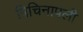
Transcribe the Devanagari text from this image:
त्रिचिनापली